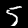
Digit: 5